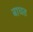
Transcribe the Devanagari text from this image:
बाधत